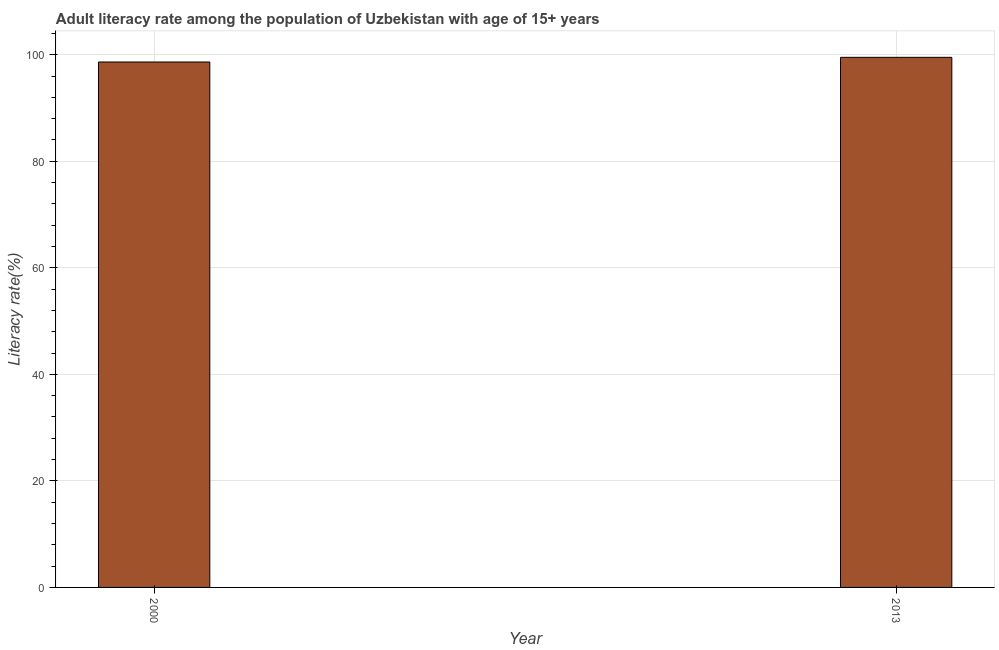
| Year | Adult literacy rate |
 | --- | --- |
 | 2000 | 98.6 |
 | 2013 | 99.5 |